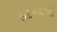
સદનવાળી